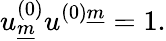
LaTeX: u_{\underline{{{m}}}}^{(0)}u^{(0)\underline{{{m}}}}=1.